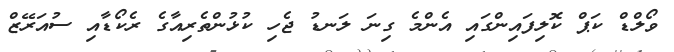
ވޯލްޑް ކަޕް ކޮލިފައިންގައި އެންމެ ގިނަ ލަނޑު ޖެހި ކުޅުންތެރިއާގެ ރެކޯޑާއި ސުއަރޭޒް